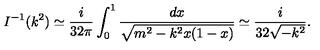
I ^ { - 1 } ( k ^ { 2 } ) \simeq \frac { i } { 3 2 \pi } \int _ { 0 } ^ { 1 } \frac { d x } { \sqrt { m ^ { 2 } - k ^ { 2 } x ( 1 - x ) } } \simeq \frac { i } { 3 2 \sqrt { - k ^ { 2 } } } .